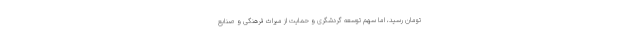
تومان رسید، اما سهم توسعه گردشگری و حمایت از میراث فرهنگی و صنایع